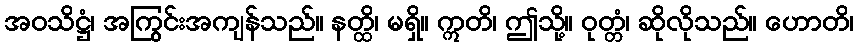
အဝသိဋ္ဌံ၊ အကြွင်းအကျန်သည်။ နတ္ထိ၊ မရှိ။ ဣတိ၊ ဤသို့။ ဝုတ္တံ၊ ဆိုလိုသည်။ ဟောတိ၊